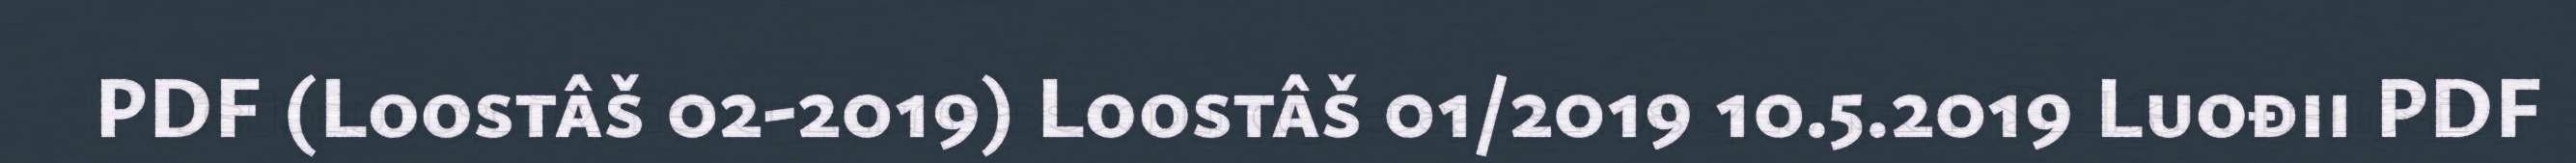
PDF (Loostâš 02-2019) Loostâš 01/2019 10.5.2019 Luođii PDF